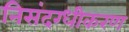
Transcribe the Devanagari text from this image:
निसंदग्धीकरण